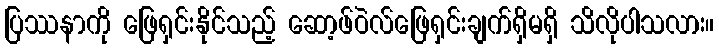
ပြဿနာကို ဖြေရှင်းနိုင်သည့် ဆော့ဖ်ဝဲလ်ဖြေရှင်းချက်ရှိမရှိ သိလိုပါသလား။